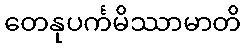
တေနုပင်္ကမိဿာမာတိ